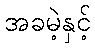
အခမဲ့နှင့်